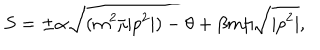
S = \pm \alpha \sqrt { ( m ^ { 2 } / | p ^ { 2 } | ) - \theta } + \beta m / \sqrt { | p ^ { 2 } | } ,